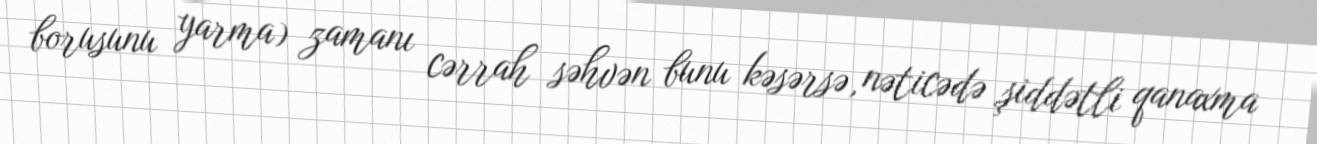
borusunu yarma) zamanı cərrah səhvən bunu kəsərsə, nəticədə şiddətli qanaxma